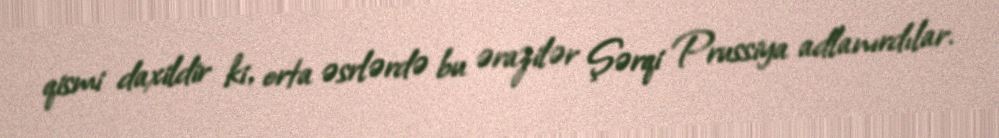
qismi daxildir ki, orta əsrlərdə bu ərazilər Şərqi Prussiya adlanırdılar.